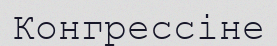
Конгрессіне